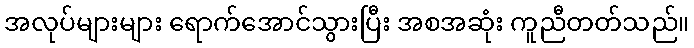
အလုပ်များများ ရောက်အောင်သွားပြီး အစအဆုံး ကူညီတတ်သည်။